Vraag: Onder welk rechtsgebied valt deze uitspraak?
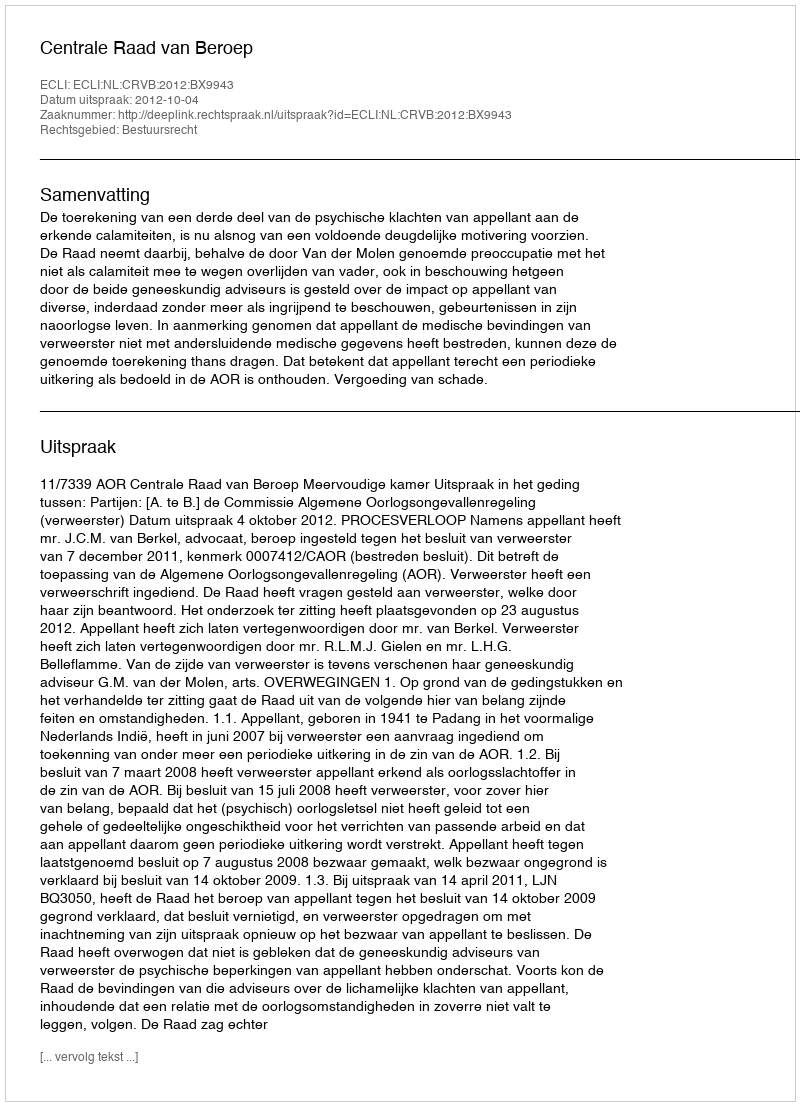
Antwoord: Bestuursrecht